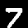
Digit: 7